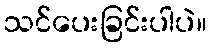
သင်ပေးခြင်းပါပဲ။